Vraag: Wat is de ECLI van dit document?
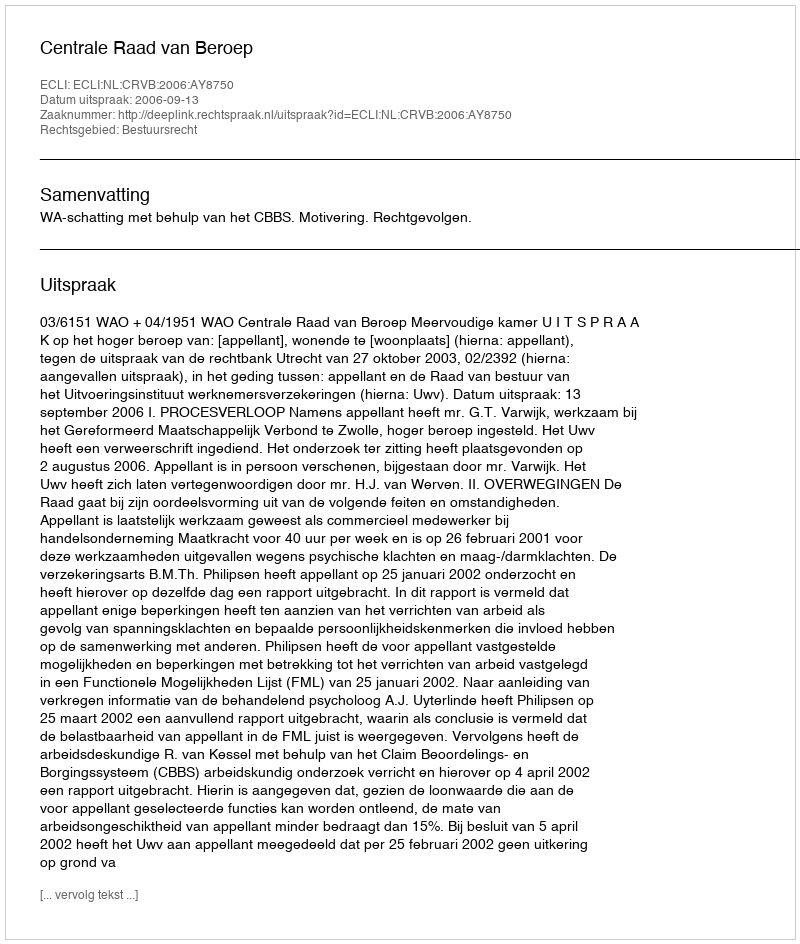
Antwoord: ECLI:NL:CRVB:2006:AY8750